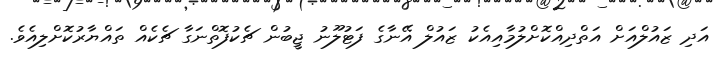
އަދި ޒައުލްއަށް އަތްދިއްކޮށްލުމާއިއެކު ޒައުލް އޭނާގެ ފަޓުލޫނު ޖީބުން ޗެކުފޮތްނަގާ ޗެކެއް ތައްޔާރުކޮށްލިއެވެ.